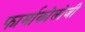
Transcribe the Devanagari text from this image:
फार्माकोलोजी